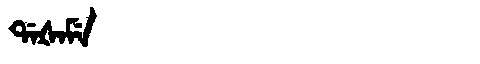
Manchu: ᡩᠠᡧᠠᠮᡝ
Romanization: DAŠAME